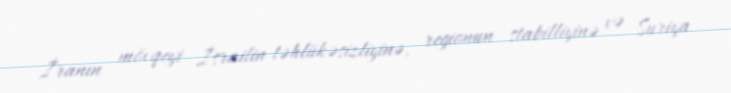
İranın mövqeyi İsrailin təhlükəsizliyinə, regionun stabilliyinə və Suriya